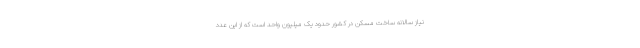
نیاز سالانه ساخت مسکن در کشور حدود یک میلیون واحد است که از این عدد